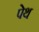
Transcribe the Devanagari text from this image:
पेथ